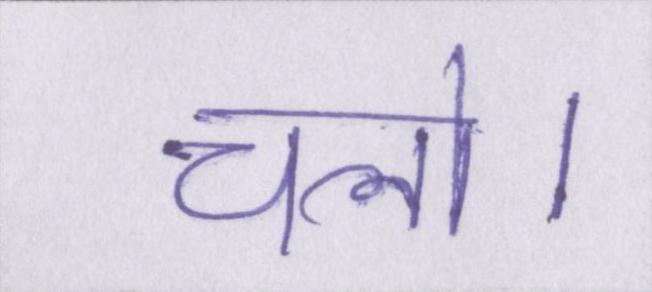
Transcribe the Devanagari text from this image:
चलो।